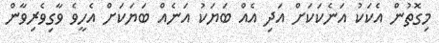
މިގޮތުން އެކަކު އަނެކަކަށް އަދި އެއް ބަޔަކު އަނެއް ބަޔަކަށް އެހީވެ ވާގިވެރިވާން